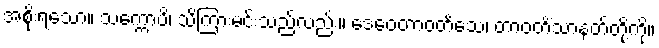
အစိုးရသော။ သက္ကောပိ၊ သိကြားမင်းသည်လည်း။ ဒေဝေတာဝတိံသေ၊ တာဝတိံသာနတ်တို့ကို။